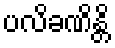
ပလိခဏိန္တိ